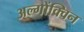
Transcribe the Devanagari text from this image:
अल्गोंक्विन